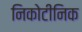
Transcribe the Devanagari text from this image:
निकोटीनिक